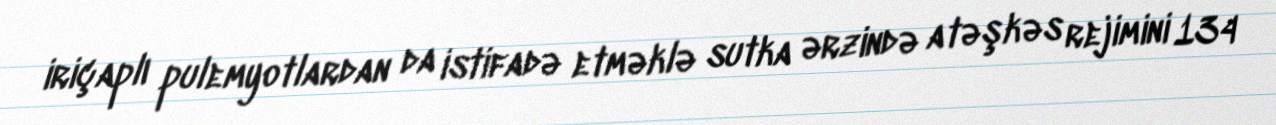
iriçaplı pulemyotlardan da istifadə etməklə sutka ərzində atəşkəs rejimini 134